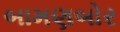
બામણબોર